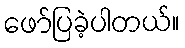
ဖော်ပြခဲ့ပါတယ်။